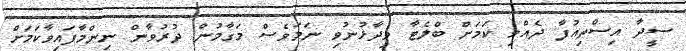
ސީދާ އިސްތިއުފާ ދެއްވި ކަމަށް ބްލެޓާ ވިދާޅުނުވި ނަމަވެސް މަގާމުން ދުރުވާން ނިންމާފައިވާކަމަށް